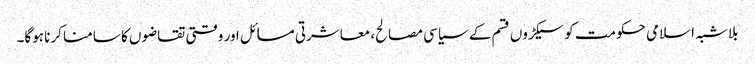
بلاشبہ اسلامی حکومت کو سیکڑوں قسم کے سیاسی مصالح، معاشرتی مسائل اور وقتی تقاضوں کا سامنا کرنا ہوگا۔